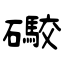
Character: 礮